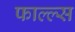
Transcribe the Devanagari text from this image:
फाल्ल्स